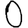
Digit: 0